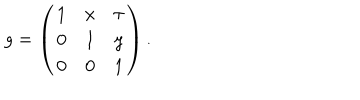
g = \left( \begin{matrix} { { 1 } } & { { x } } & { { \tau } } \\ { { 0 } } & { { 1 } } & { { y } } \\ { { 0 } } & { { 0 } } & { { 1 } } \\ \end{matrix} \right) .